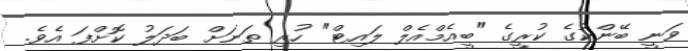
ވަނީ ބޭންކުގެ ކުރީގެ "ބީއެމްއެލް ލައިޓް" ހުރި ތަނަށް ބަދަލު ކޮށްފަ އެވެ.